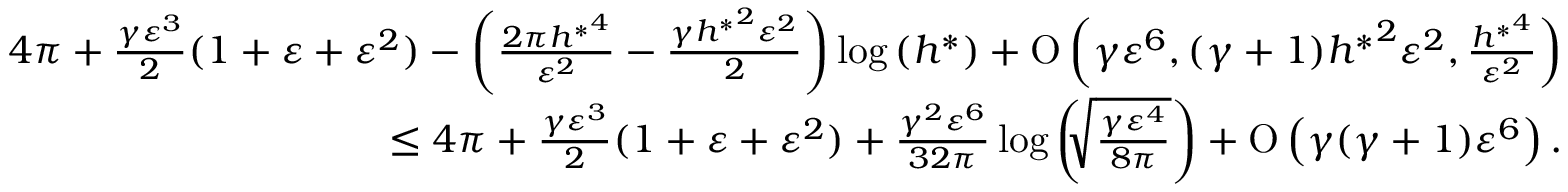
\begin{array} { r } { 4 \pi + \frac { \gamma \varepsilon ^ { 3 } } { 2 } ( 1 + \varepsilon + \varepsilon ^ { 2 } ) - \left( \frac { 2 \pi { h ^ { \ast } } ^ { 4 } } { \varepsilon ^ { 2 } } - \frac { \gamma { h ^ { \ast } } ^ { 2 } \varepsilon ^ { 2 } } { 2 } \right) \log { ( h ^ { \ast } ) } + \ensuremath { \operatorname { O } \left( \gamma \varepsilon ^ { 6 } , ( \gamma + 1 ) { h ^ { \ast } } ^ { 2 } \varepsilon ^ { 2 } , \frac { { h ^ { \ast } } ^ { 4 } } { \varepsilon ^ { 2 } } \right) } } \\ { \leq 4 \pi + \frac { \gamma \varepsilon ^ { 3 } } { 2 } ( 1 + \varepsilon + \varepsilon ^ { 2 } ) + \frac { \gamma ^ { 2 } \varepsilon ^ { 6 } } { 3 2 \pi } \log { \left( \sqrt [ ] { \frac { \gamma \varepsilon ^ { 4 } } { 8 \pi } } \right) } + \ensuremath { \operatorname { O } \left( \gamma ( \gamma + 1 ) \varepsilon ^ { 6 } \right) } . } \end{array}